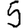
Digit: 5